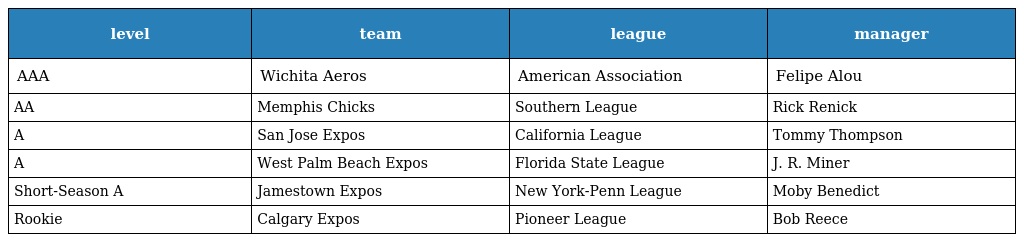
| level | team | league | manager |
 | --- | --- | --- | --- |
 | AAA | Wichita Aeros | American Association | Felipe Alou |
 | AA | Memphis Chicks | Southern League | Rick Renick |
 | A | San Jose Expos | California League | Tommy Thompson |
 | A | West Palm Beach Expos | Florida State League | J. R. Miner |
 | Short-Season A | Jamestown Expos | New York-Penn League | Moby Benedict |
 | Rookie | Calgary Expos | Pioneer League | Bob Reece |